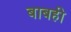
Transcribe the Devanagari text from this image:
बाबही